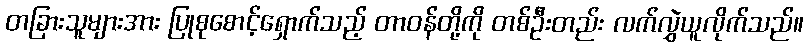
တခြားသူများအား ပြုစုစောင့်ရှောက်သည့် တာဝန်တို့ကို တစ်ဦးတည်း လက်လွှဲယူလိုက်သည်။